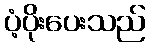
ပံ့ပိုးပေးသည်